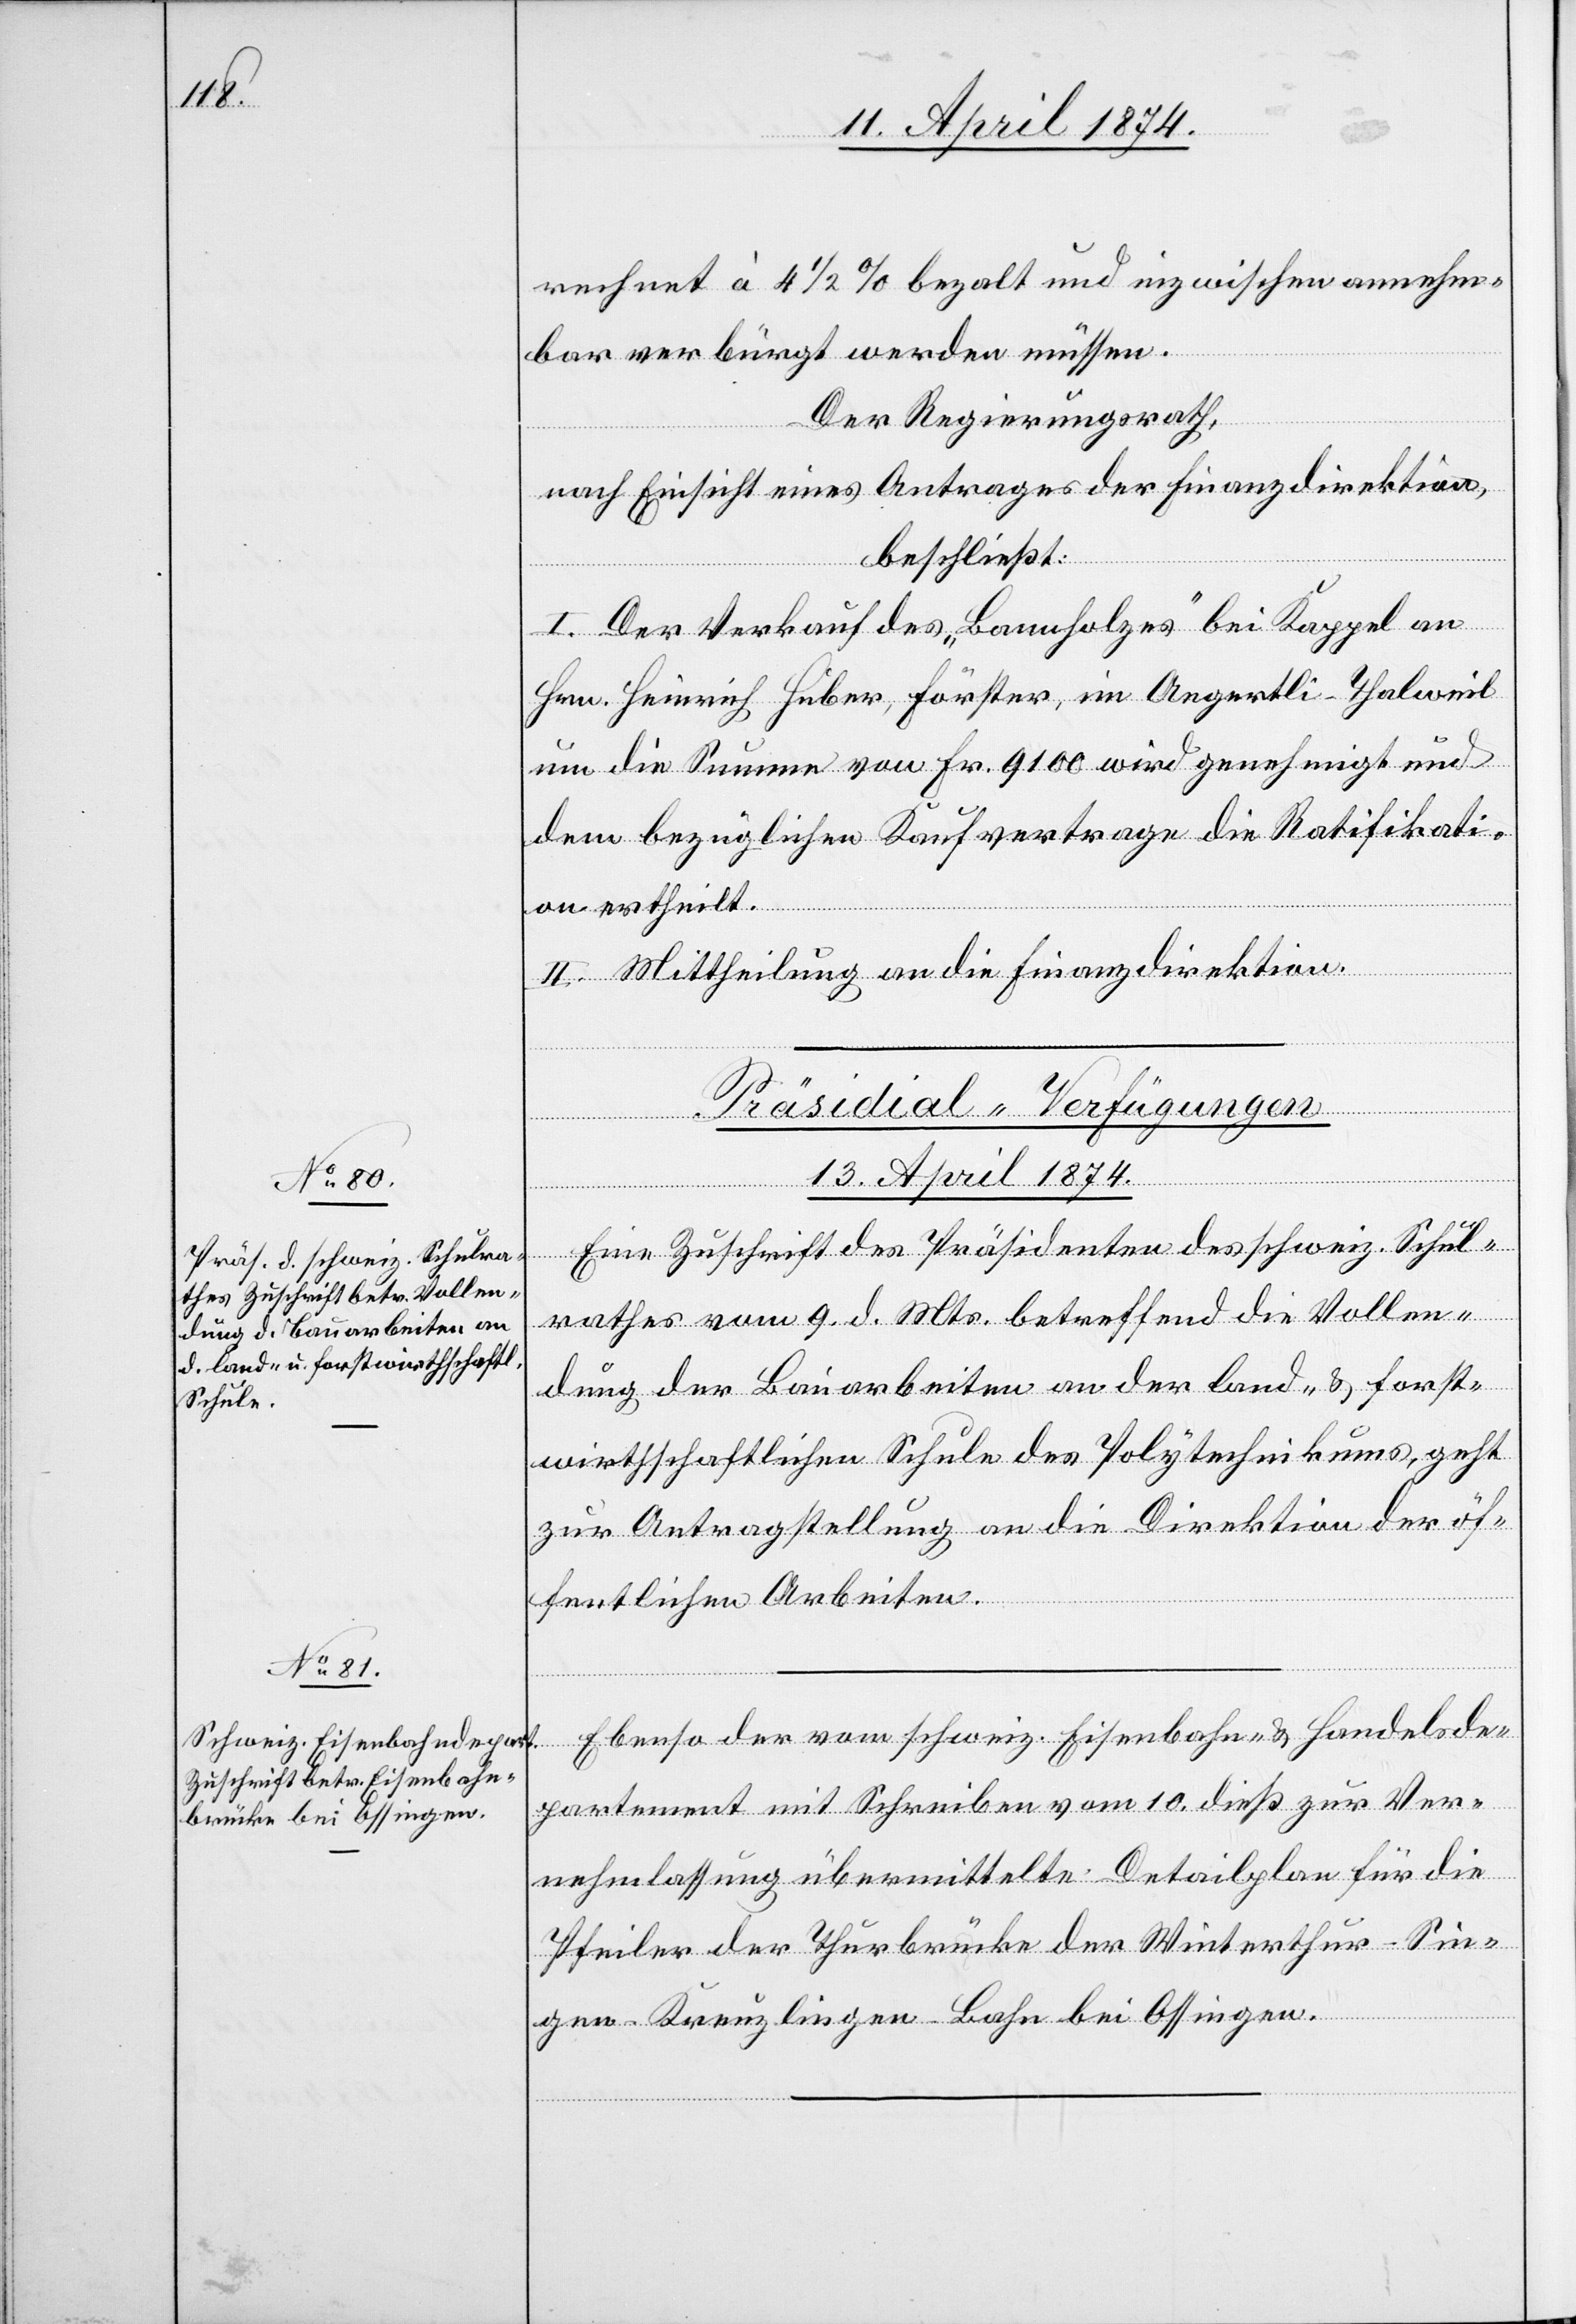
13. April 1874.]
rechnet à 4 1/2% bezalt und inzwischen annehm¬
bar verbürgt werden müssen.
Der Regierungsrath,
nach Einsicht eines Antrages der Finanzdirektion,
beschließt:
1. Der Verkauf des „Bannholzes“ bei Kappel an
Hrn. Heinrich Huber, Förster, im Aegertli-Thalweil
um die Summe von Fr. 9100 wird genehmigt und
dem bezüglichen Kaufvertrage die Ratifikati¬
on ertheilt.
II. Mittheilung an die Finanzdirektion.
[Präsidial-Verfügungen
Eine Zuschrift des Präsidenten des schweiz. Schul¬
rathes vom 9. d. Mts. betreffend die Vollen¬
dung der Bauarbeiten an der land- u. forst¬
wirthschaftlichen Schule des Polytechnikums, geht
zur Antragstellung an die Direktion der öf¬
fentlichen Arbeiten.
Ebenso der vom schweiz. Eisenbahn- u. Handelsde¬
partement mit Schreiben vom 10. dieß zur Ver¬
nehmlassung übermittelte Detailplan für die
Pfeiler der Thurbrücke der Winterthur-Sin¬
gen-Kreuzlingen-Bahn bei Ossingen.